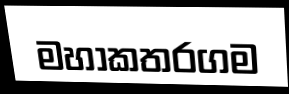
මහාකතරගම